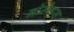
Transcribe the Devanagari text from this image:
नोमैड्स